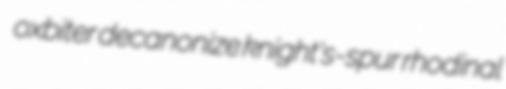
oxbiter decanonize knight's-spur rhodinal